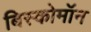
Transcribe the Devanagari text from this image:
बिस्कोमॉन